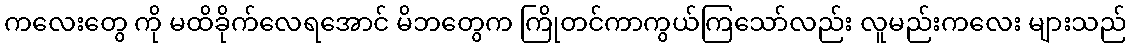
ကလေးတွေ ကို မထိခိုက်လေရအောင် မိဘတွေက ကြိုတင်ကာကွယ်ကြသော်လည်း လူမည်းကလေး များသည်